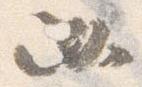
必